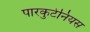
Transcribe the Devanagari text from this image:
पारकुटेनियस